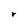
Character: r